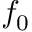
f _ { 0 }